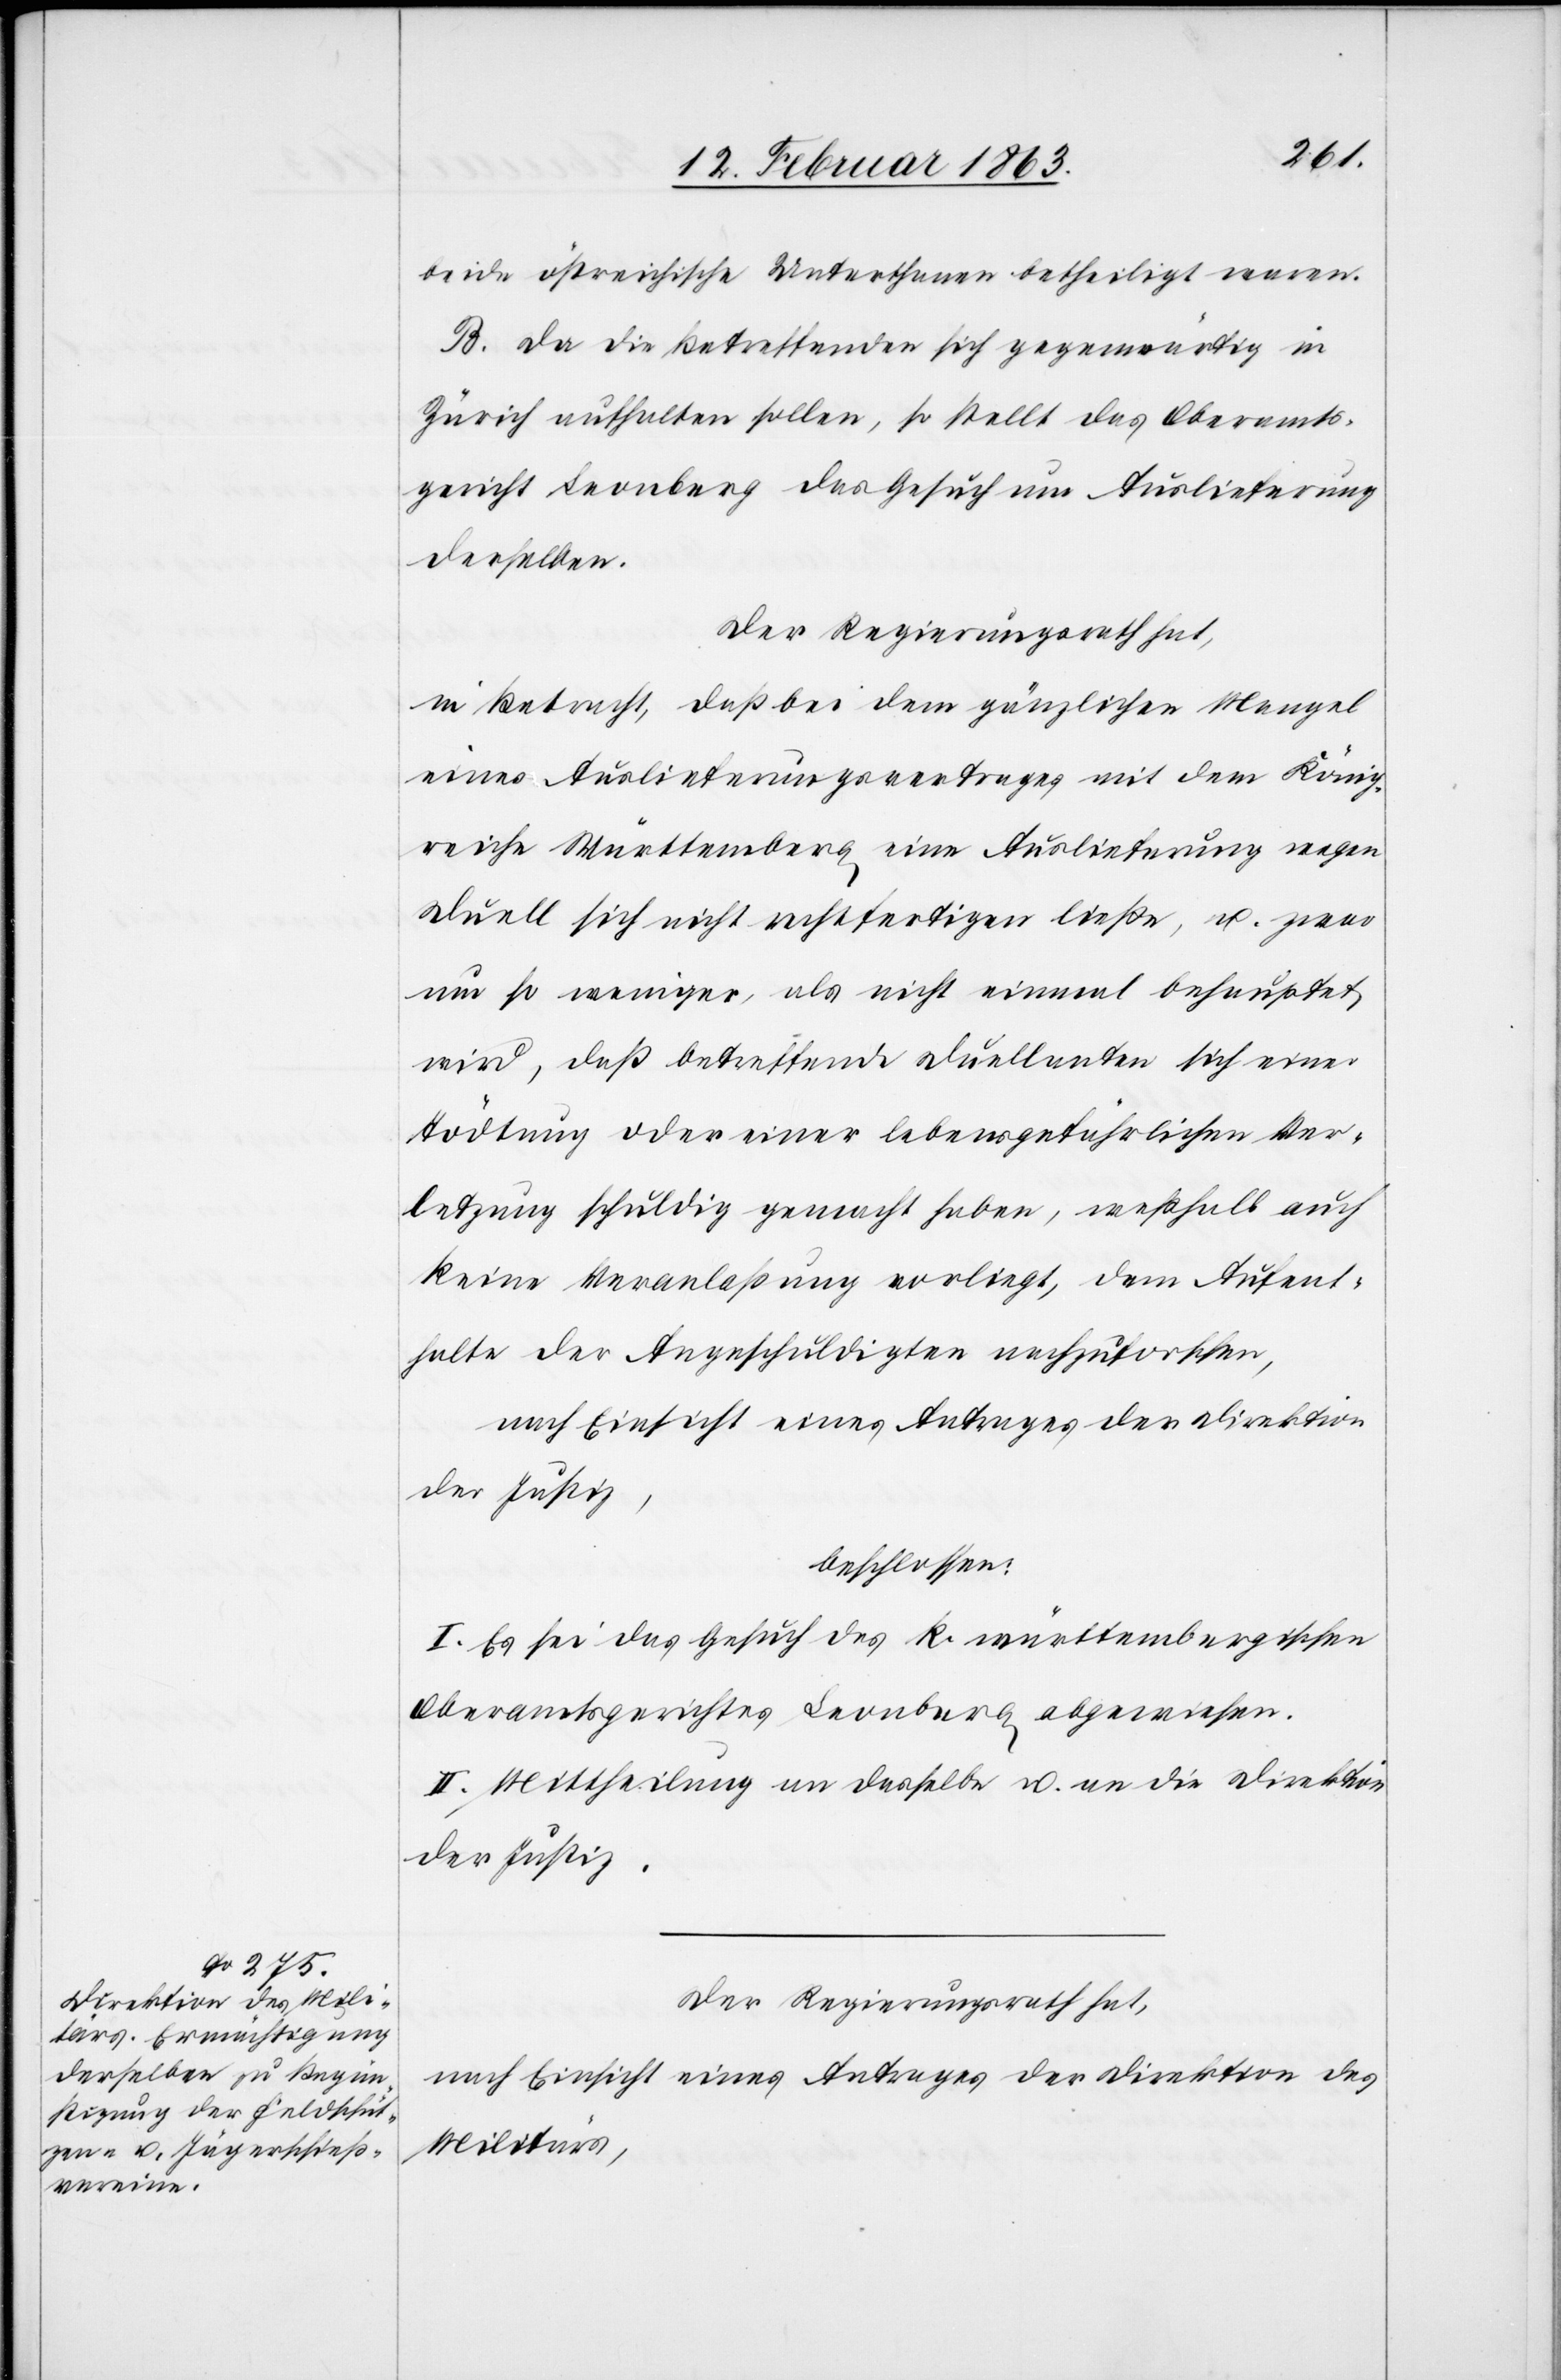
beide östreichische Unterthanen betheiligt waren.
B. Da die Betreffenden sich gegenwärtig in
Zürich aufhalten sollen, so stellt das Oberamts¬
gericht Leonberg das Gesuch um Auslieferung
derselben.
Der Regierungsrath hat,
in Betracht, daß bei dem gänzlichen Mangel
eines Auslieferungsvertrages mit dem König¬
reiche Württemberg eine Auslieferung wegen
Duell sich nicht rechtfertigen ließe, u. zwar
um so weniger, als nicht einmal behauptet
wird, daß betreffende Duellanten sich einer
Tödtung oder einer lebensgefährlichen Ver¬
letzung schuldig gemacht haben, weßhalb auch
keine Veranlaßung vorliegt, dem Aufent¬
halte der Angeschuldigten nachzuforschen,
nach Einsicht eines Antrages der Direktion
der Justiz,
beschlossen:
I. Es sei das Gesuch des k. württembergischen
Oberamtsgerichtes Leonberg abgewiesen.
II. Mittheilung an dasselbe u. an die Direktion
der Justiz.
Der Regierungsrath hat,
nach Einsicht eines Antrages der Direktion des
Militärs,